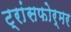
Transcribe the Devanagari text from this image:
ट्रांसफोर्मर